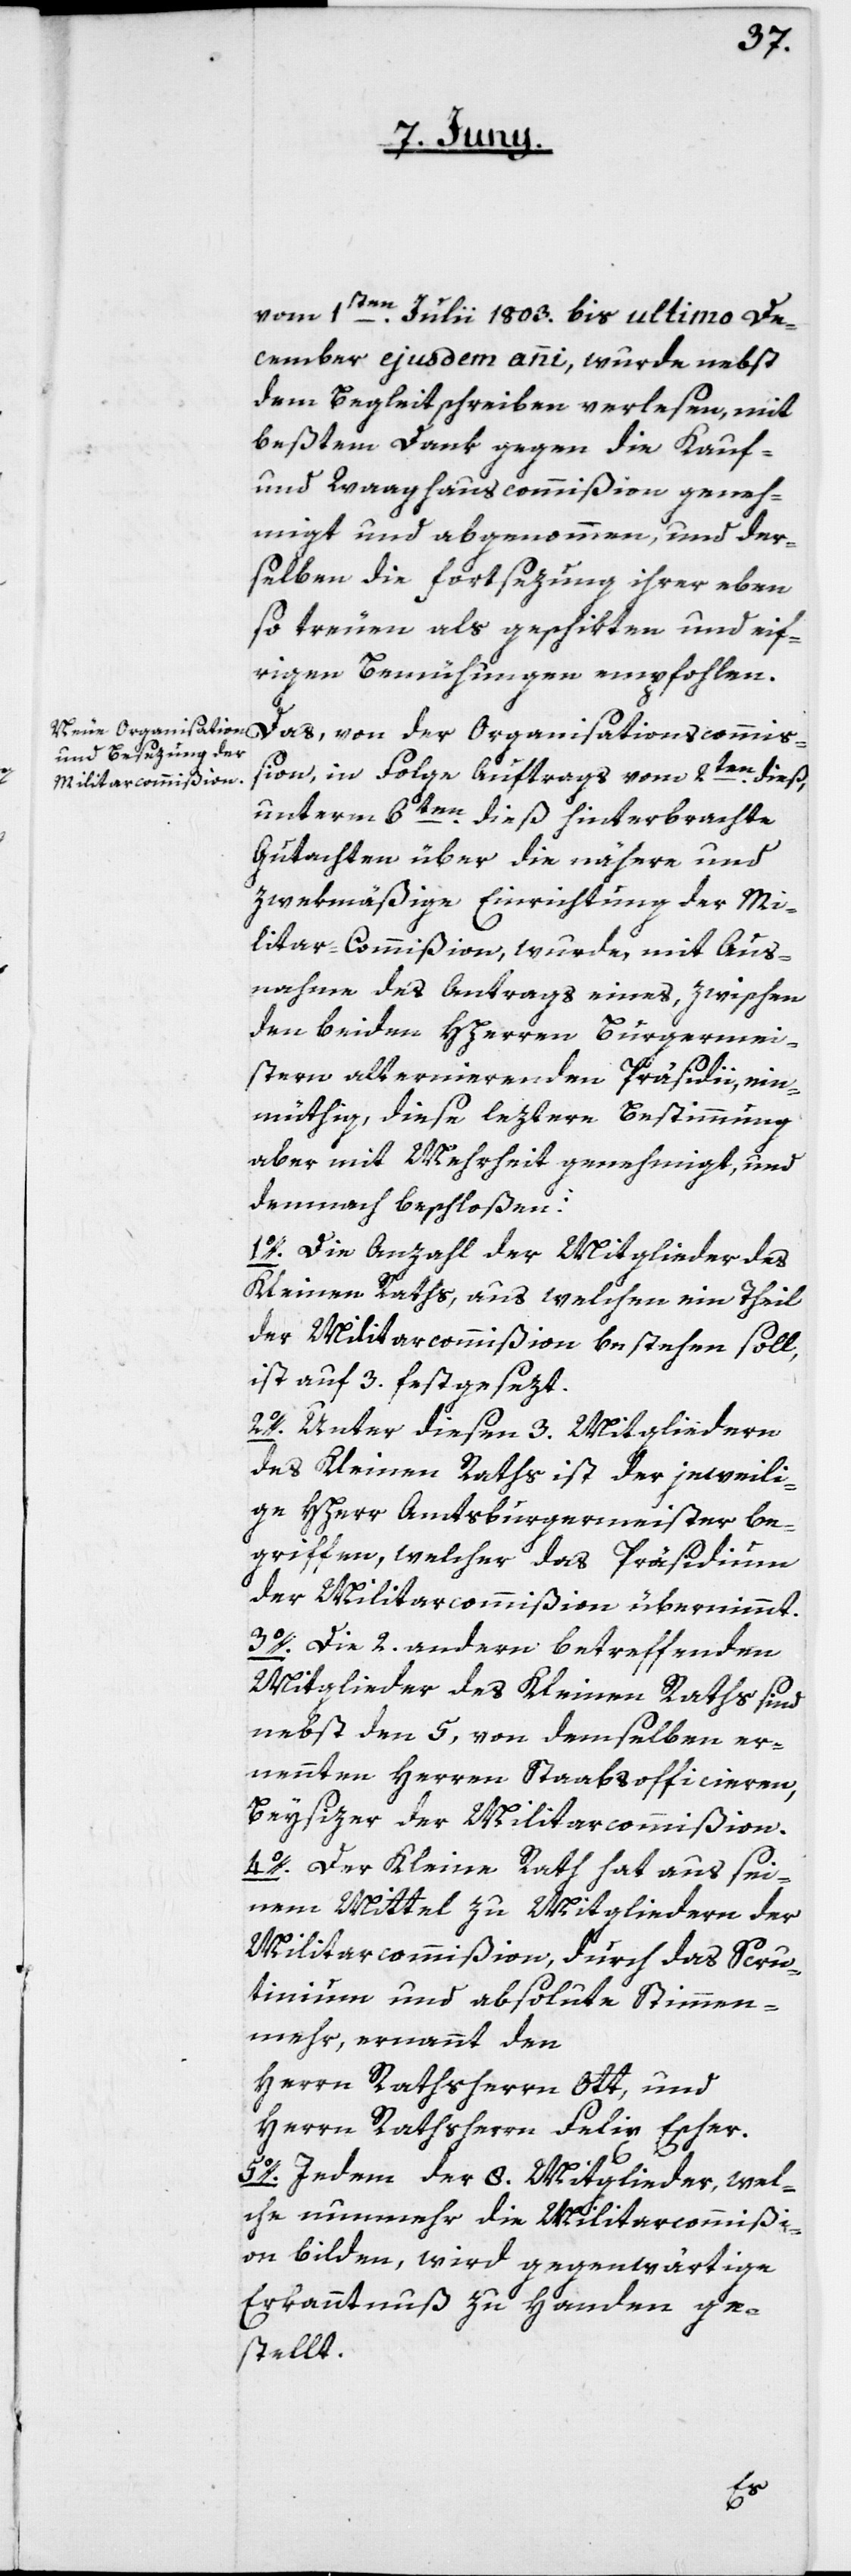
vom 1sten Julii 1803. bis ultimo De¬
cember ejusdem anni, wurde nebst
dem Begleitschreiben verlesen, mit
beßtem Dank gegen die Kauf-
und Waaghauscommißion geneh¬
migt und abgenommen, und der¬
selben die Fortsezung ihrer eben
so treuen als geschikten und eif¬
rigen Bemühungen empfohlen.
Das, von der Organisationscommiß¬
ion in Folge Auftrags vom 2ten dieß,
unterm 6ten dieß hinterbrachte
Gutachten über die nähere und
zwekmäßige Einrichtung der Mi¬
litar-Commißion, wurde mit Aus¬
nahme des Antrags eines, zwischen
den beiden HHerren Burgermei¬
stern alternierenden Präsidii, ein¬
müthig, diese leztere Bestimmung
aber mit Mehrheit genehmigt, und
demnach beschloßen:
1o. Die Anzahl der Mitglieder des
Kleinen Raths, aus welchen ein Theil
der Militarcommißion bestehen soll,
ist auf 3. festgesezt.
2o. Unter diesen 3. Mitgliedern
des kleinen Raths ist der jeweili¬
ge HHerr Amtsburgermeister be¬
griffen, welcher das Präsidium
der Militarcommißion übernimmt.
3o. Die 2. andern betreffenden
Mitglieder des Kleinen Raths sind
nebst den 5, von demselben er¬
nennten Herren Staabsofficieren,
Beysizer der Militarcommißion.
4o. Der Kleine Rath hat aus sei¬
nem Mittel zu Mitgliedern der
Militarcommißion, durch das Scru¬
tinium und absolute Stimmen¬
mehr ernennt den
Herren Rathsherrn Ott, und
Herrn Rathsherrn Felix Escher.
5o. Jedem der 8. Mitglieder, wel¬
che nunmehr die Militarcommiß¬
ion bilden, wird gegenwärtige
Erkanntnuß zu Handen ge¬
stellt.